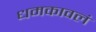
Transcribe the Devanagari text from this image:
धमकावलं